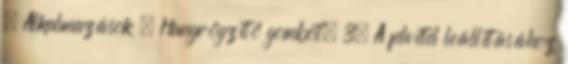
→ Alkalmazások → Hangrögzítő gombot. 3. A felvétel leállításához